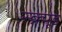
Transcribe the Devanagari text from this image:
स्क्र्यूड